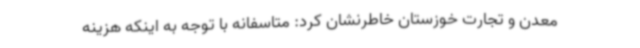
معدن و تجارت خوزستان خاطرنشان کرد: متاسفانه با توجه به اینکه هزینه